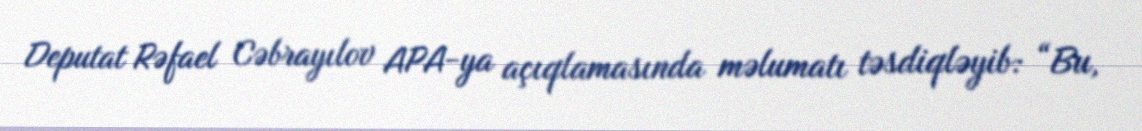
Deputat Rəfael Cəbrayılov APA-ya açıqlamasında məlumatı təsdiqləyib: “Bu,